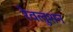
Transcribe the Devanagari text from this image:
रेवलुशन